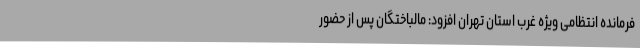
فرمانده انتظامی ویژه غرب استان تهران افزود: مالباختگان پس از حضور